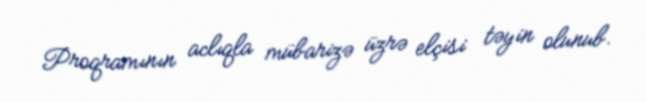
Proqramının aclıqla mübarizə üzrə elçisi təyin olunub.